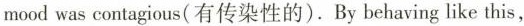
mood was contagious(有传染性的).By behaving like this,